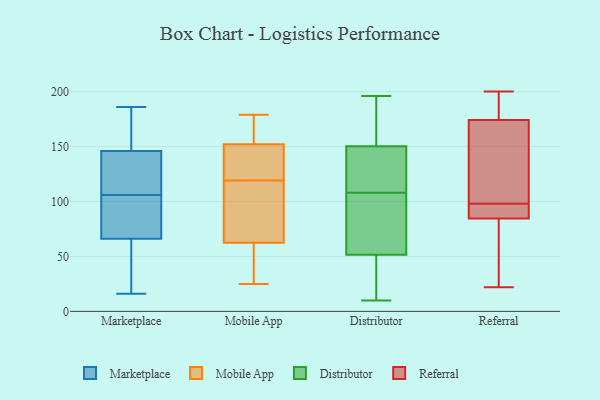
{"axis": {"x": "Active Users", "y": "Value"}, "legend": ["Distributor", "Marketplace", "Mobile App", "Referral"], "data": [{"x": "", "y": 120, "type": "Marketplace"}, {"x": "", "y": 92, "type": "Marketplace"}, {"x": "", "y": 142, "type": "Marketplace"}, {"x": "", "y": 49, "type": "Marketplace"}, {"x": "", "y": 155, "type": "Marketplace"}, {"x": "", "y": 91, "type": "Marketplace"}, {"x": "", "y": 35, "type": "Marketplace"}, {"x": "", "y": 76, "type": "Marketplace"}, {"x": "", "y": 43, "type": "Marketplace"}, {"x": "", "y": 79, "type": "Marketplace"}, {"x": "", "y": 66, "type": "Marketplace"}, {"x": "", "y": 186, "type": "Marketplace"}, {"x": "", "y": 146, "type": "Marketplace"}, {"x": "", "y": 159, "type": "Marketplace"}, {"x": "", "y": 16, "type": "Marketplace"}, {"x": "", "y": 128, "type": "Marketplace"}, {"x": "", "y": 165, "type": "Marketplace"}, {"x": "", "y": 140, "type": "Marketplace"}, {"x": "", "y": 62, "type": "Mobile App"}, {"x": "", "y": 25, "type": "Mobile App"}, {"x": "", "y": 143, "type": "Mobile App"}, {"x": "", "y": 119, "type": "Mobile App"}, {"x": "", "y": 162, "type": "Mobile App"}, {"x": "", "y": 64, "type": "Mobile App"}, {"x": "", "y": 76, "type": "Mobile App"}, {"x": "", "y": 179, "type": "Mobile App"}, {"x": "", "y": 155, "type": "Mobile App"}, {"x": "", "y": 132, "type": "Mobile App"}, {"x": "", "y": 58, "type": "Mobile App"}, {"x": "", "y": 182, "type": "Distributor"}, {"x": "", "y": 11, "type": "Distributor"}, {"x": "", "y": 62, "type": "Distributor"}, {"x": "", "y": 148, "type": "Distributor"}, {"x": "", "y": 189, "type": "Distributor"}, {"x": "", "y": 66, "type": "Distributor"}, {"x": "", "y": 71, "type": "Distributor"}, {"x": "", "y": 126, "type": "Distributor"}, {"x": "", "y": 22, "type": "Distributor"}, {"x": "", "y": 108, "type": "Distributor"}, {"x": "", "y": 196, "type": "Distributor"}, {"x": "", "y": 126, "type": "Distributor"}, {"x": "", "y": 48, "type": "Distributor"}, {"x": "", "y": 10, "type": "Distributor"}, {"x": "", "y": 151, "type": "Distributor"}, {"x": "", "y": 37, "type": "Referral"}, {"x": "", "y": 165, "type": "Referral"}, {"x": "", "y": 181, "type": "Referral"}, {"x": "", "y": 91, "type": "Referral"}, {"x": "", "y": 93, "type": "Referral"}, {"x": "", "y": 149, "type": "Referral"}, {"x": "", "y": 22, "type": "Referral"}, {"x": "", "y": 172, "type": "Referral"}, {"x": "", "y": 98, "type": "Referral"}, {"x": "", "y": 65, "type": "Referral"}, {"x": "", "y": 195, "type": "Referral"}, {"x": "", "y": 200, "type": "Referral"}, {"x": "", "y": 91, "type": "Referral"}]}